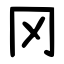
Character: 冈